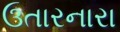
ઉતારનારા